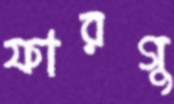
ফারগু